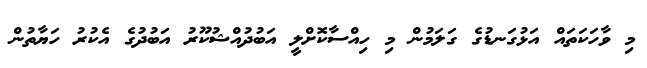
މި ވާހަކަތައް އަޅުގަނޑުގެ ގަލަމުން މި ހިއްސާކޮށްލީ އަބުދުއްޝުކޫރު އަބުދުގެ އެކުރު ހަޔާތުން